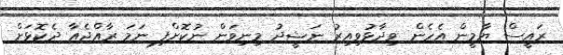
ރައީސް ޔާމީން އެހެން ވިދާޅުވިއިރު ނަޝީދު މިނިވަން ނުކޮށްފި ނަމަ ރާއްޖެއާ ދެކޮޅަށް